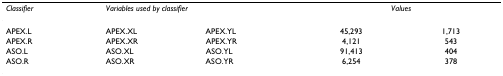
| Classifier | <COLSPAN=2> Variables used by classifier | <COLSPAN=2> Values |
 | --- | --- | --- | --- | --- |
 | APEX.L | APEX.XL | APEX.YL | 45,293 | 1,713 |
 | APEX.R | APEX.XR | APEX.YR | 4,121 | 543 |
 | ASO.L | ASO.XL | ASO.YL | 91,413 | 404 |
 | ASO.R | ASO.XR | ASO.YR | 6,254 | 378 |